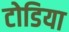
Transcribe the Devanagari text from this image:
टोडिया